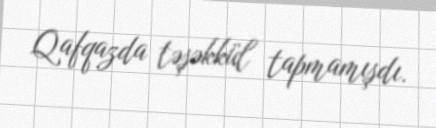
Qafqazda təşəkkül tapmamışdı.